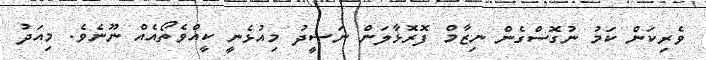
ވެރިކަން ކަމު ނުގޮސްގެން ނިޒާމް ފޮރޮޅާލަން ނަޝީދު މިއުޅެނީ ކީއްވެތޯއެއް ނޫނެވެ. މިއަދު